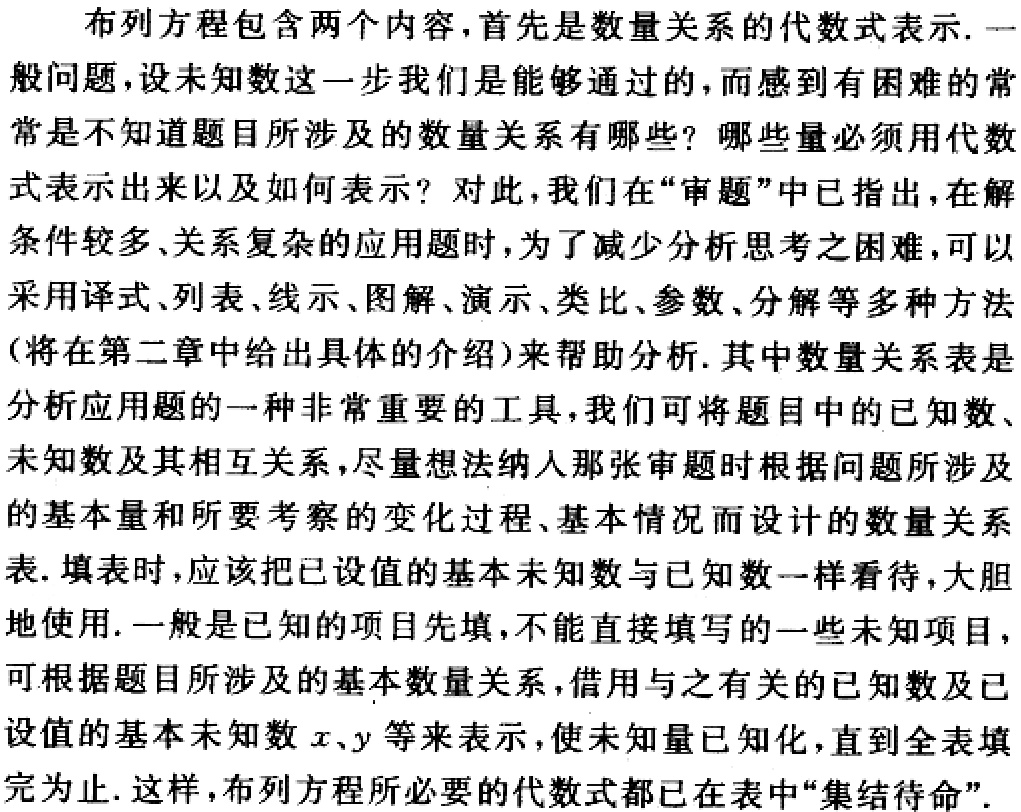
布列方程包含两个内容，首先是数量关系的代数式表示. 一般问题，设未知数这一步我们是能够通过的，而感到有困难的常常是不知道题目所涉及的数量关系有哪些？哪些量必须用代数式表示出来以及如何表示？对此，我们在“审题”中已指出，在解条件较多、关系复杂的应用题时，为了减少分析思考之困难，可以采用译式、列表、线示、图解、演示、类比、参数、分解等多种方法（将在第二章中给出具体的介绍）来帮助分析. 其中数量关系表是分析应用题的一种非常重要的工具，我们可将题目中的已知数、未知数及其相互关系，尽量想法纳入那张审题时根据问题所涉及的基本量和所要考察的变化过程、基本情况而设计的数量关系表. 填表时，应该把已设值的基本未知数与已知数一样看待，大胆地使用. 一般是已知的项目先填，不能直接填写的一些未知项目，可根据题目所涉及的基本数量关系，借用与之有关的已知数及已设值的基本未知数\(x、y\)等来表示，使未知量已知化，直到全表填完为止. 这样，布列方程所必要的代数式都已在表中“集结待命”.